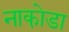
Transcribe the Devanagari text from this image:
नाका़ेडा